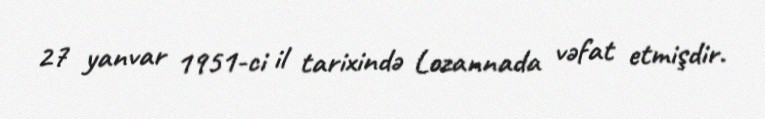
27 yanvar 1951-ci il tarixində Lozannada vəfat etmişdir.